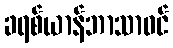
ခရစ်ယာန်ဘာသာဝင်